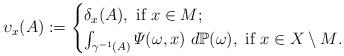
LaTeX: \begin{align*}\upsilon_x(A):= \begin{cases}\delta_x(A), \ \hbox{if $x \in M$};\\ \int_{\gamma^{-1}(A)} \varPsi(\omega, x)\ d\mathbb{P}(\omega), \ \hbox{if $x \in X \setminus M$} .\end{cases}\end{align*}